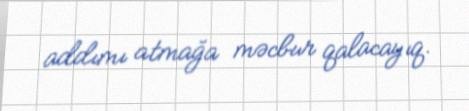
addımı atmağa məcbur qalacayıq.